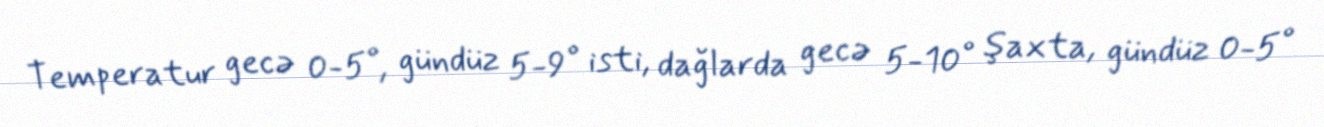
Temperatur gecə 0-5°, gündüz 5-9° isti, dağlarda gecə 5-10° şaxta, gündüz 0-5°